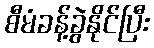
စီမံခန့်ခွဲနိုင်ပြီး